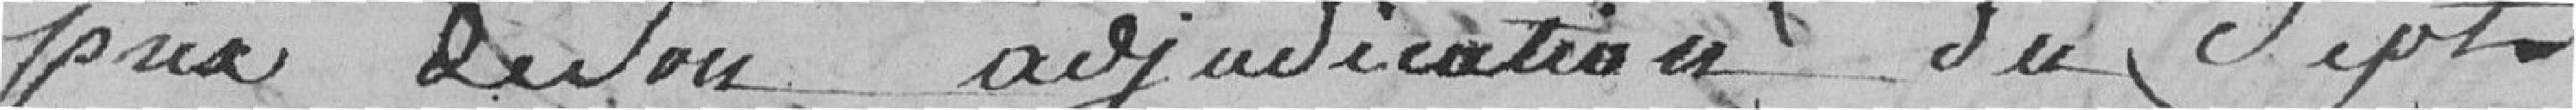
prix de son adjudication du sept